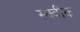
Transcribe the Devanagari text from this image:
स्क्वीक